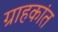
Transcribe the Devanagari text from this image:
ग्राहकांत